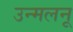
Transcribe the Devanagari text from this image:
उन्मलनू